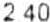
2.40